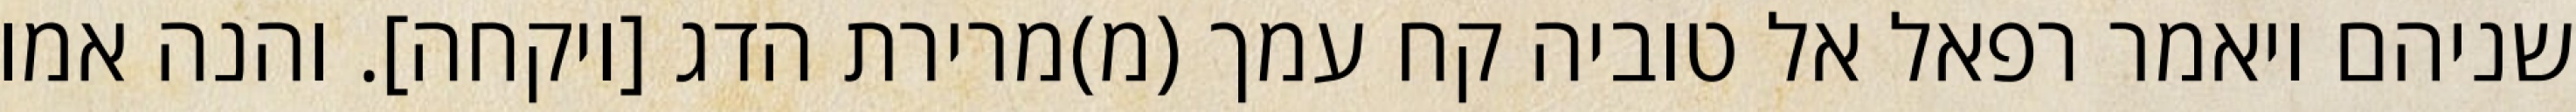
שניהם ויאמר רפאל אל טוביה קח עמך (מ)מרירת הדג [ויקחה]. והנה אמו